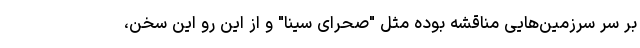
بر سر سرزمین‌هایی مناقشه بوده مثل "صحرای سینا" و از این رو این سخن،